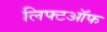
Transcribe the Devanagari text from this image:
लिफ्टऑफ